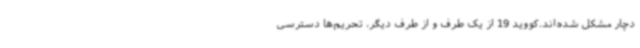
دچار مشکل شده‌اند.کووید 19 از یک طرف و از طرف دیگر،‌ تحریم‌ها دسترسی